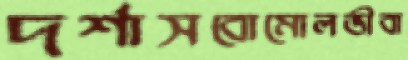
দর্শাসবোমোলভীবা